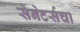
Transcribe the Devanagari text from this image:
सेनेटर्सचा